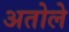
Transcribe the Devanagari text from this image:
अतोले